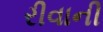
રીવાની